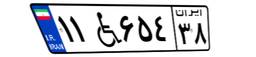
۱۱W۶۵۴۳۸